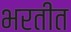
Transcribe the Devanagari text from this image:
भरतीत